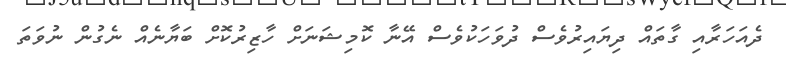
ދެއަހަރާއި ގާތައް ދިޔައިރުވެސް ދުވަހަކުވެސް އޭނާ ކޮމިޝަނަށް ހާޒިރުކޮށް ބަޔާނެއް ނެގުން ނުވަތަ